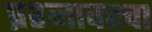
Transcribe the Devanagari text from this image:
प्रश्नावरचा